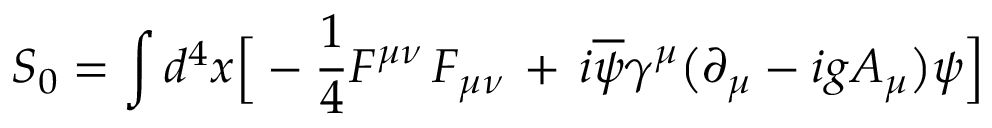
S _ { 0 } = \int d ^ { 4 } x \Big [ - { \frac { 1 } { 4 } } F ^ { \mu \nu } \, F _ { \mu \nu } \, + \, i \overline { { \psi } } \gamma ^ { \mu } \big ( \partial _ { \mu } - i g A _ { \mu } \big ) \psi \Big ]